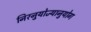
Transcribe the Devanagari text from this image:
निरनुयोज्यानुयोग